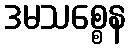
ဒမသစ္စေန